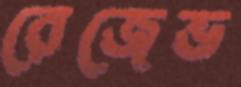
রেজেভ